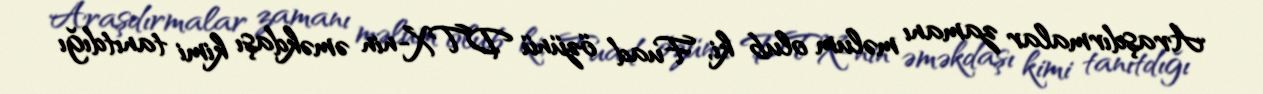
Araşdırmalar zamanı məlum olub ki, Fuad özünü DTX-nin əməkdaşı kimi tanıtdığı